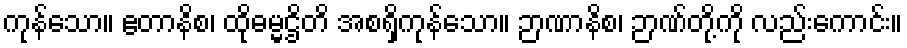
ကုန်သော။ ဧတာနိစ၊ ထိုဓမ္မဌိတိ အစရှိကုန်သော။ ဉာဏာနိစ၊ ဉာဏ်တို့ကို လည်းကောင်း။